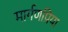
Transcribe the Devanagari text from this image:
मार्गणप्रिया